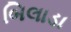
બિલાડા